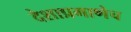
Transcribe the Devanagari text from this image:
देशाप्रमाणेच